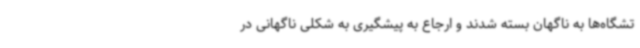
تشگاه‌ها به ناگهان بسته شدند و ارجاع به پیشگیری به شکلی ناگهانی در